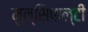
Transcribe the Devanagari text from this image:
मुन्सिपाल्टी